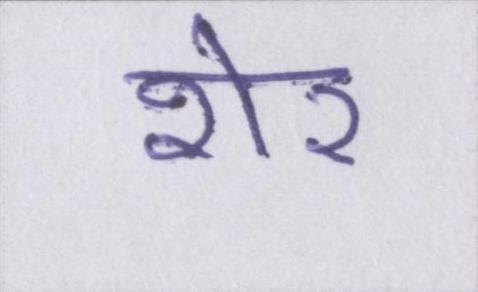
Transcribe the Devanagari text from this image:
शेर